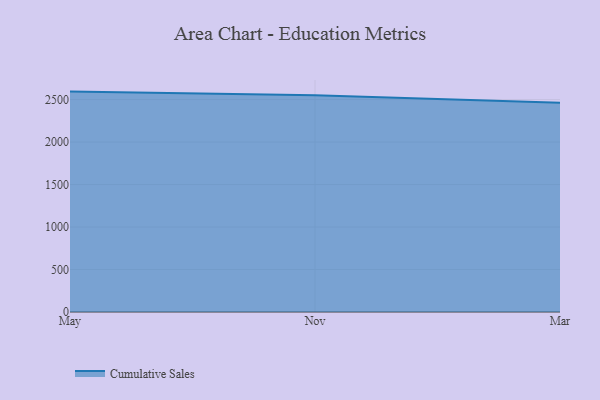
{"axis": {"x": "Month", "y": "Inventory Turnover"}, "legend": ["Cumulative Sales"], "data": [{"x": "May", "y": 2593.5, "type": "Cumulative Sales"}, {"x": "Nov", "y": 2549.1, "type": "Cumulative Sales"}, {"x": "Mar", "y": 2462.8, "type": "Cumulative Sales"}]}